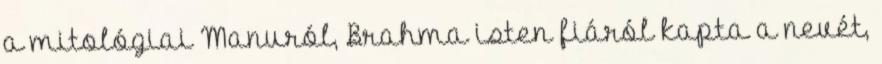
a mitológiai Manuról, Brahma isten fiáról kapta a nevét,